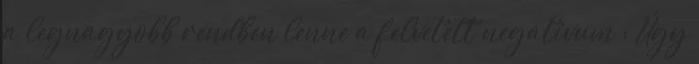
a legnagyobb rendben lenne a felvetett negatívum : Úgy